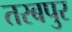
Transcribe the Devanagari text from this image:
तरबपुर